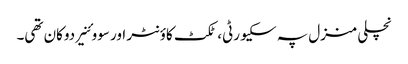
نچلی منزل پہ سکیورٹی، ٹکٹ کاؤنٹر اور سووئنیر دوکان تھی۔